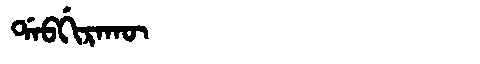
Manchu: ᡩᠠᠪᡤᡳᡵᠠᡴᡡ
Romanization: DABGIRAKŪ